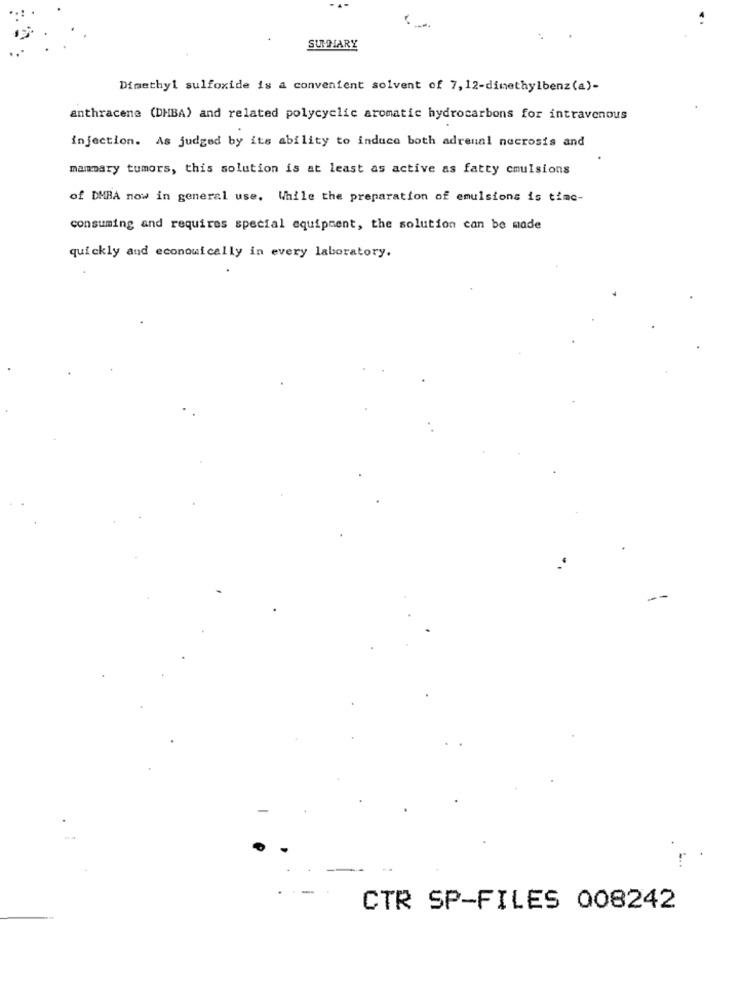
SUMMARY
Dimethyl sulfoxide is a convenient solvent of 7, 12-dimethylbenz (a)-
anthracene (DMBA) and related polycyclic aromatic hydrocarbons for intravenous
injection. As judged by its ability to induce both adrenal necrosis and
mammary tumors, this solution is at least as active as fatty cmulsions
of DMBA now in general use. While the preparation of emulsions is time-
consuming and requires special equipment, the solution can be made
quickly and economically in every laboratory.
CTR SP-FILES 008242